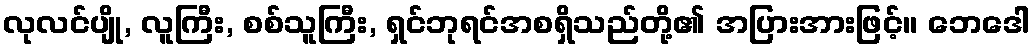
လုလင်ပျို, လူကြီး, စစ်သူကြီး, ရှင်ဘုရင်အစရှိသည်တို့၏ အပြားအားဖြင့်။ ဘေဒေါ